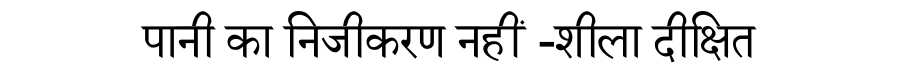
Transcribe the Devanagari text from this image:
पानी का निजीकरण नहीं -शीला दीक्षित